Vaccination in Bombay 1889-1901 - 1889-1901
Year: 1889
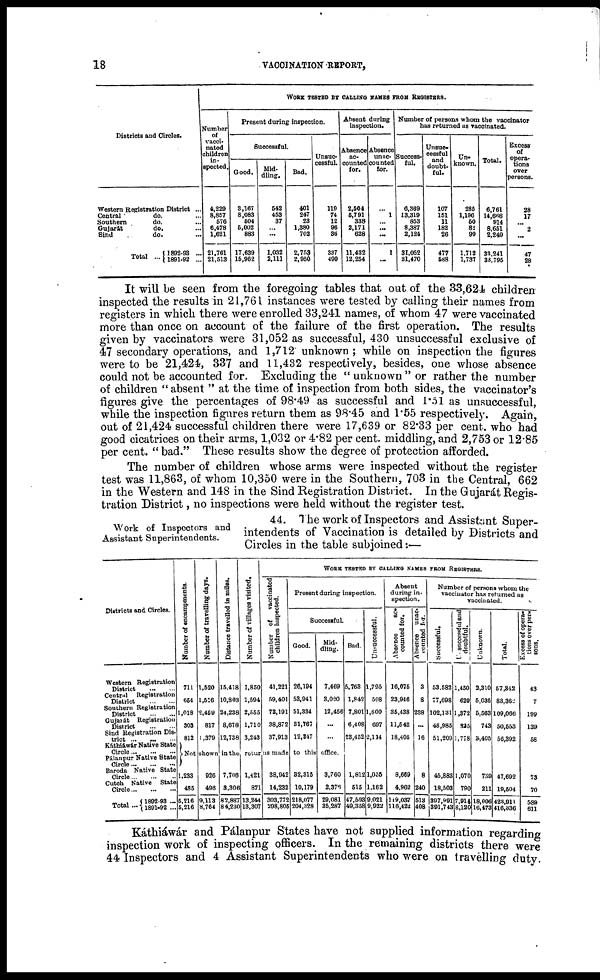
18
VACCINATION -REPORT,
Districts and Circles.
Western Registration District ...
Central
do. ...
Southern
do. ...
Gujarát
do. ...
Sind
do. ...
Total ... 1892-93 ...
1891-92 ...
WORK TESTED BY CALLING NAMES FROM REGISTERS.
Number
of
vacci-
nated
children
in-
spected.
4,229
8,857
576
6,478
1,621
21,761
21,513
Present during inspection.
Successful.
Good.
3,167
8,083
504
5,002
883
17,639
15,962
Mid-
dling.
542
453
37
... ...
1,032
2,111
Bad.
401
247
23
1,380
702
2,753
2,950
Unsuc-
cessful.
119
74
12
96
36
337
490
Absent during
inspection.
Absence
ac-
counted
for.
2,504
5,791
338
2,171
628
11,432
12,254
Absence
unac-
counted
for.
...
1
... ...
...
1
...
Number of persons whom the vaccinator
has returned as vaccinated.
Success-
ful.
6,369
13,319
853
8,387
2,124
31,052
31,470
Unsuc-
cessful
and
doubt-
ful.
107
151
11
182
26
477
588
Un-
known.
285
1,196
50
82
99
1,712
1,737
Total.
6,761
14,666
914
8,651
2,249
33,241
33,795
Excess
of
opera-
tions
over
persons.
28
17
... 2
...
47
28
It will be seen from the foregoing tables that out of the 33,624 children
inspected the results in 21,761 instances were tested by calling their names from
registers in which there were enrolled 33,241 names, of whom 47 were vaccinated
more than once on account of the failure of the first operation. The results
given by vaccinators were 31,052 as successful, 430 unsuccessful exclusive of
47 secondary operations, and 1,712 unknown ; while on inspection the figures
were to be 21,424, 337 and 11,432 respectively, besides, one whose absence
could not be accounted for. Excluding the " unknown " or rather the number
of children " absent " at the time of inspection from both sides, the vaccinator's
figures give the percentages of 98.49 as successful and 1.51 as unsuccessful,
while the inspection figures return them as 98.45 and 1.55 respectively. Again,
out of 21,424 successful children there were 17,639 or 82.33 per cent. who had
good cicatrices on their arms, 1,032 or 4.82 per cent. middling, and 2,753 or 12.85
per cent. "bad." These results show the degree of protection afforded.
The number of children whose arms were inspected without the register
test was 11,863, of whom 10,350 were in the Southern, 703 in the Central, 662
in the Western and 148 in the Sind Registration District. In the Gujarát Regis-
tration District, no inspections were held without the register test.
Work of Inspectors and
Assistant Superintendents.
44. The work of Inspectors and Assistant Super-
intendents of Vaccination is detailed by Districts and
Circles in the table subjoined:—
Districts and Circles.
Western Registration
District
... ...
Central
Registration
District
... ...
Southern Registration
District ... ...
Gujarát
Registration
District
... ...
Sind Registration Dis-
trict ...
... ...
Káthiáwár Native State
Circle
...
...
...
Pálanpur Native State
Circle ...
...
...
Baroda Native State
Circle
...
...
...
Cutch Native
State
Circle
...
...
...
Total ...
1892-93 ...
1891-92 ...
Number of encampments.
711
654
1,018
303
812
Number of travelling days.
1,520
1,516
2,459
817
1,379
Distance travelled in miles.
15,418
10,803
24,238
8,678
12,738
Number of villages visited.
1,850
1,594
2,555
1,710
3,243
WORK TESTED BY CALLING NAMES FROM REGISTERS.
Number of vaccinated
children inspected.
41,221
59,401
73,191
38,872
37,913
Present during inspection.
Successful.
Good.
26,194
53,941
51,334
31,767
12,347
Mid-
dling.
7,469
3,020
12,456
...
...
Not shown in the returns made to this office.
1,233
485
5,216
5,216
926
496
9,113
8,764
7,706
3,306
82,887
84,230
1,421
871
13,244
13,307
38,042
14,232
303,772
298,805
32,315
10,179
218,077
204,328
3,760
2,376
29,081
35,287
Bad.
5,763
1,842
7,801
6,408
23,452
1,812
515
47,593
49,358
Unsuccessful.
1,795
598
1,600
697
2,114
1,035
1,162
9,021
9,922
Absent
during in-
spection.
Absence
ac-
counted for.
16,075
23,946
35,438
11,542
18,405
8,659
4,962
119,037
116,422
Absence unac¬
counted for.
3
8
238
...
16
8
240
513
408
Number of persons whom the
vaccinator has returned as
vaccinated.
Successful.
53,582
77,698
102,131
48,985
51,209
45,883
18,503
397,991
391,743
Unsuccessful and
doubtful.
1,450
629
1,372
825
1,778
1,070
790
7,914
8,120
Unknown.
2,310
5,035
5,563
743
3,405
739
211
18,006
16,473
Total.
57,342
83,362
109,066
50,553
56,392
47,692
19,504
423,911
416,336
Excess of opera-
tions over per¬
sons.
43
7
199
139
58
73
70
589
611
Káthiáwár and Pálanpur States have not supplied information regarding
inspection work of inspecting officers. In the remaining districts there were
44 Inspectors and 4 Assistant Superintendents who were on travelling duty.